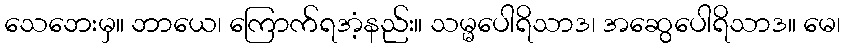
သေဘေးမှ။ ဘာယေ၊ ကြောက်ရအံ့နည်း။ သမ္မပေါရိသာဒ၊ အဆွေပေါရိသာဒ။ မေ၊